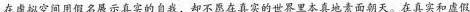
在虚拟空间用假名展示真实的自我，却不愿在真实的世界里本真地素面朝天。在真实和虚假